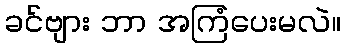
ခင်ဗျား ဘာ အကြံပေးမလဲ။